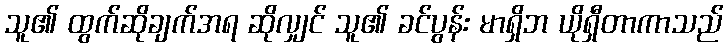
သူ၏ ထွက်ဆိုချက်အရ ဆိုလျှင် သူ၏ ခင်ပွန်း မာရှိဘ ယိုရှီတာကာသည်